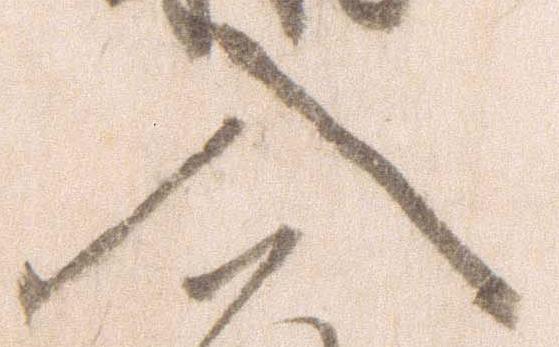
入